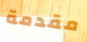
مقدمة